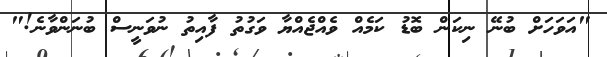
"އަވަހަށް ބުނޭ ނިކަން ބޮޑު ކަމެއް ވެއްޖެއްޔާ ވަގުތު ފާއިތު ނުވަނީސް ބުނަންވާނެ!"